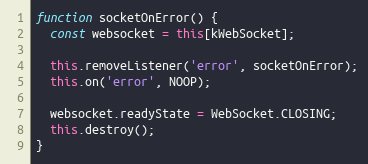
Language: JavaScript
function socketOnError() {
  const websocket = this[kWebSocket];

  this.removeListener('error', socketOnError);
  this.on('error', NOOP);

  websocket.readyState = WebSocket.CLOSING;
  this.destroy();
}